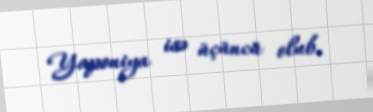
Yaponiya isə üçüncü olub.